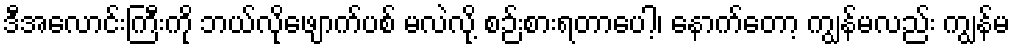
ဒီအလောင်းကြီးကို ဘယ်လိုဖျောက်ပစ် မလဲလို့ စဉ်းစားရတာပေါ့၊ နောက်တော့ ကျွန်မလည်း ကျွန်မ